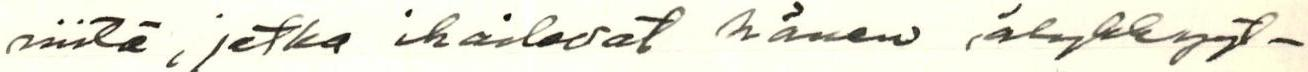
niitä, jotka ihailevat hänen älykkyyt-